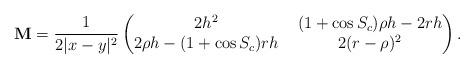
LaTeX: \begin{align*}\mathbf M=\frac1{2|x-y|^2} \begin{pmatrix} 2h^2 & \ (1+\cos S_c)\rho h-2rh \\2\rho h -(1+\cos S_c)rh & \ 2(r-\rho)^2\end{pmatrix} . \end{align*}